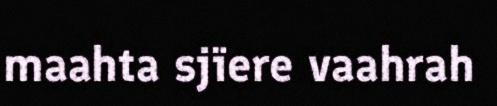
maahta sjïere vaahrah